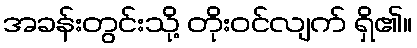
အခန်းတွင်းသို့ တိုးဝင်လျက် ရှိ၏။